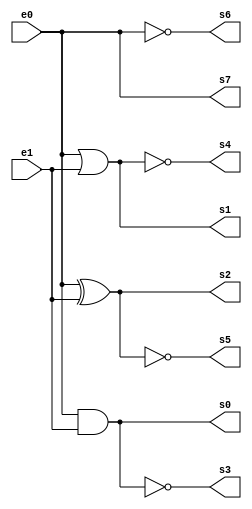
//Declaracion de puertos de I/O

module CompuertasLogicas_HernandezVictoria
(
    input e0,
    input e1,
    output s0,
    output s1,
    output s2,
    output s3,
    output s4,
    output s5,
    output s6,
    output s7
);

//Declaracion de seniales
//NA

//Cuerpo Modulo

//AND
assign s0 = e0 & e1;
//OR
assign s1 = e0 | e1;
//XOR
assign s2 = e0 ^ e1;
//NAND
assign s3 = ~(e0 & e1);
//NOR
assign s4 = ~(e0 | e1);
//XNOR
assign s5 = ~(e0 ^ e1);
//NOT
assign s6 = ~e0;
//YES
assign s7 = e0;


endmodule